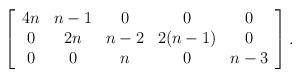
LaTeX: \begin{align*} \left[ \begin{array}{ccccc} 4n & n-1 & 0 & 0 & 0 \\ 0 & 2n & n-2 & 2(n-1) & 0 \\ 0 & 0 & n & 0 & n-3 \end{array} \right]. \end{align*}